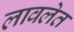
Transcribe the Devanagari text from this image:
लावलेत